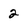
Character: 2